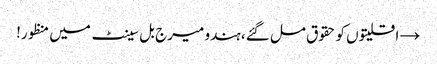
→ اقلیتوں کو حقوق مل گئے، ہندو میرج بل سینٹ میں منظور!